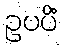
ဥပပိံ